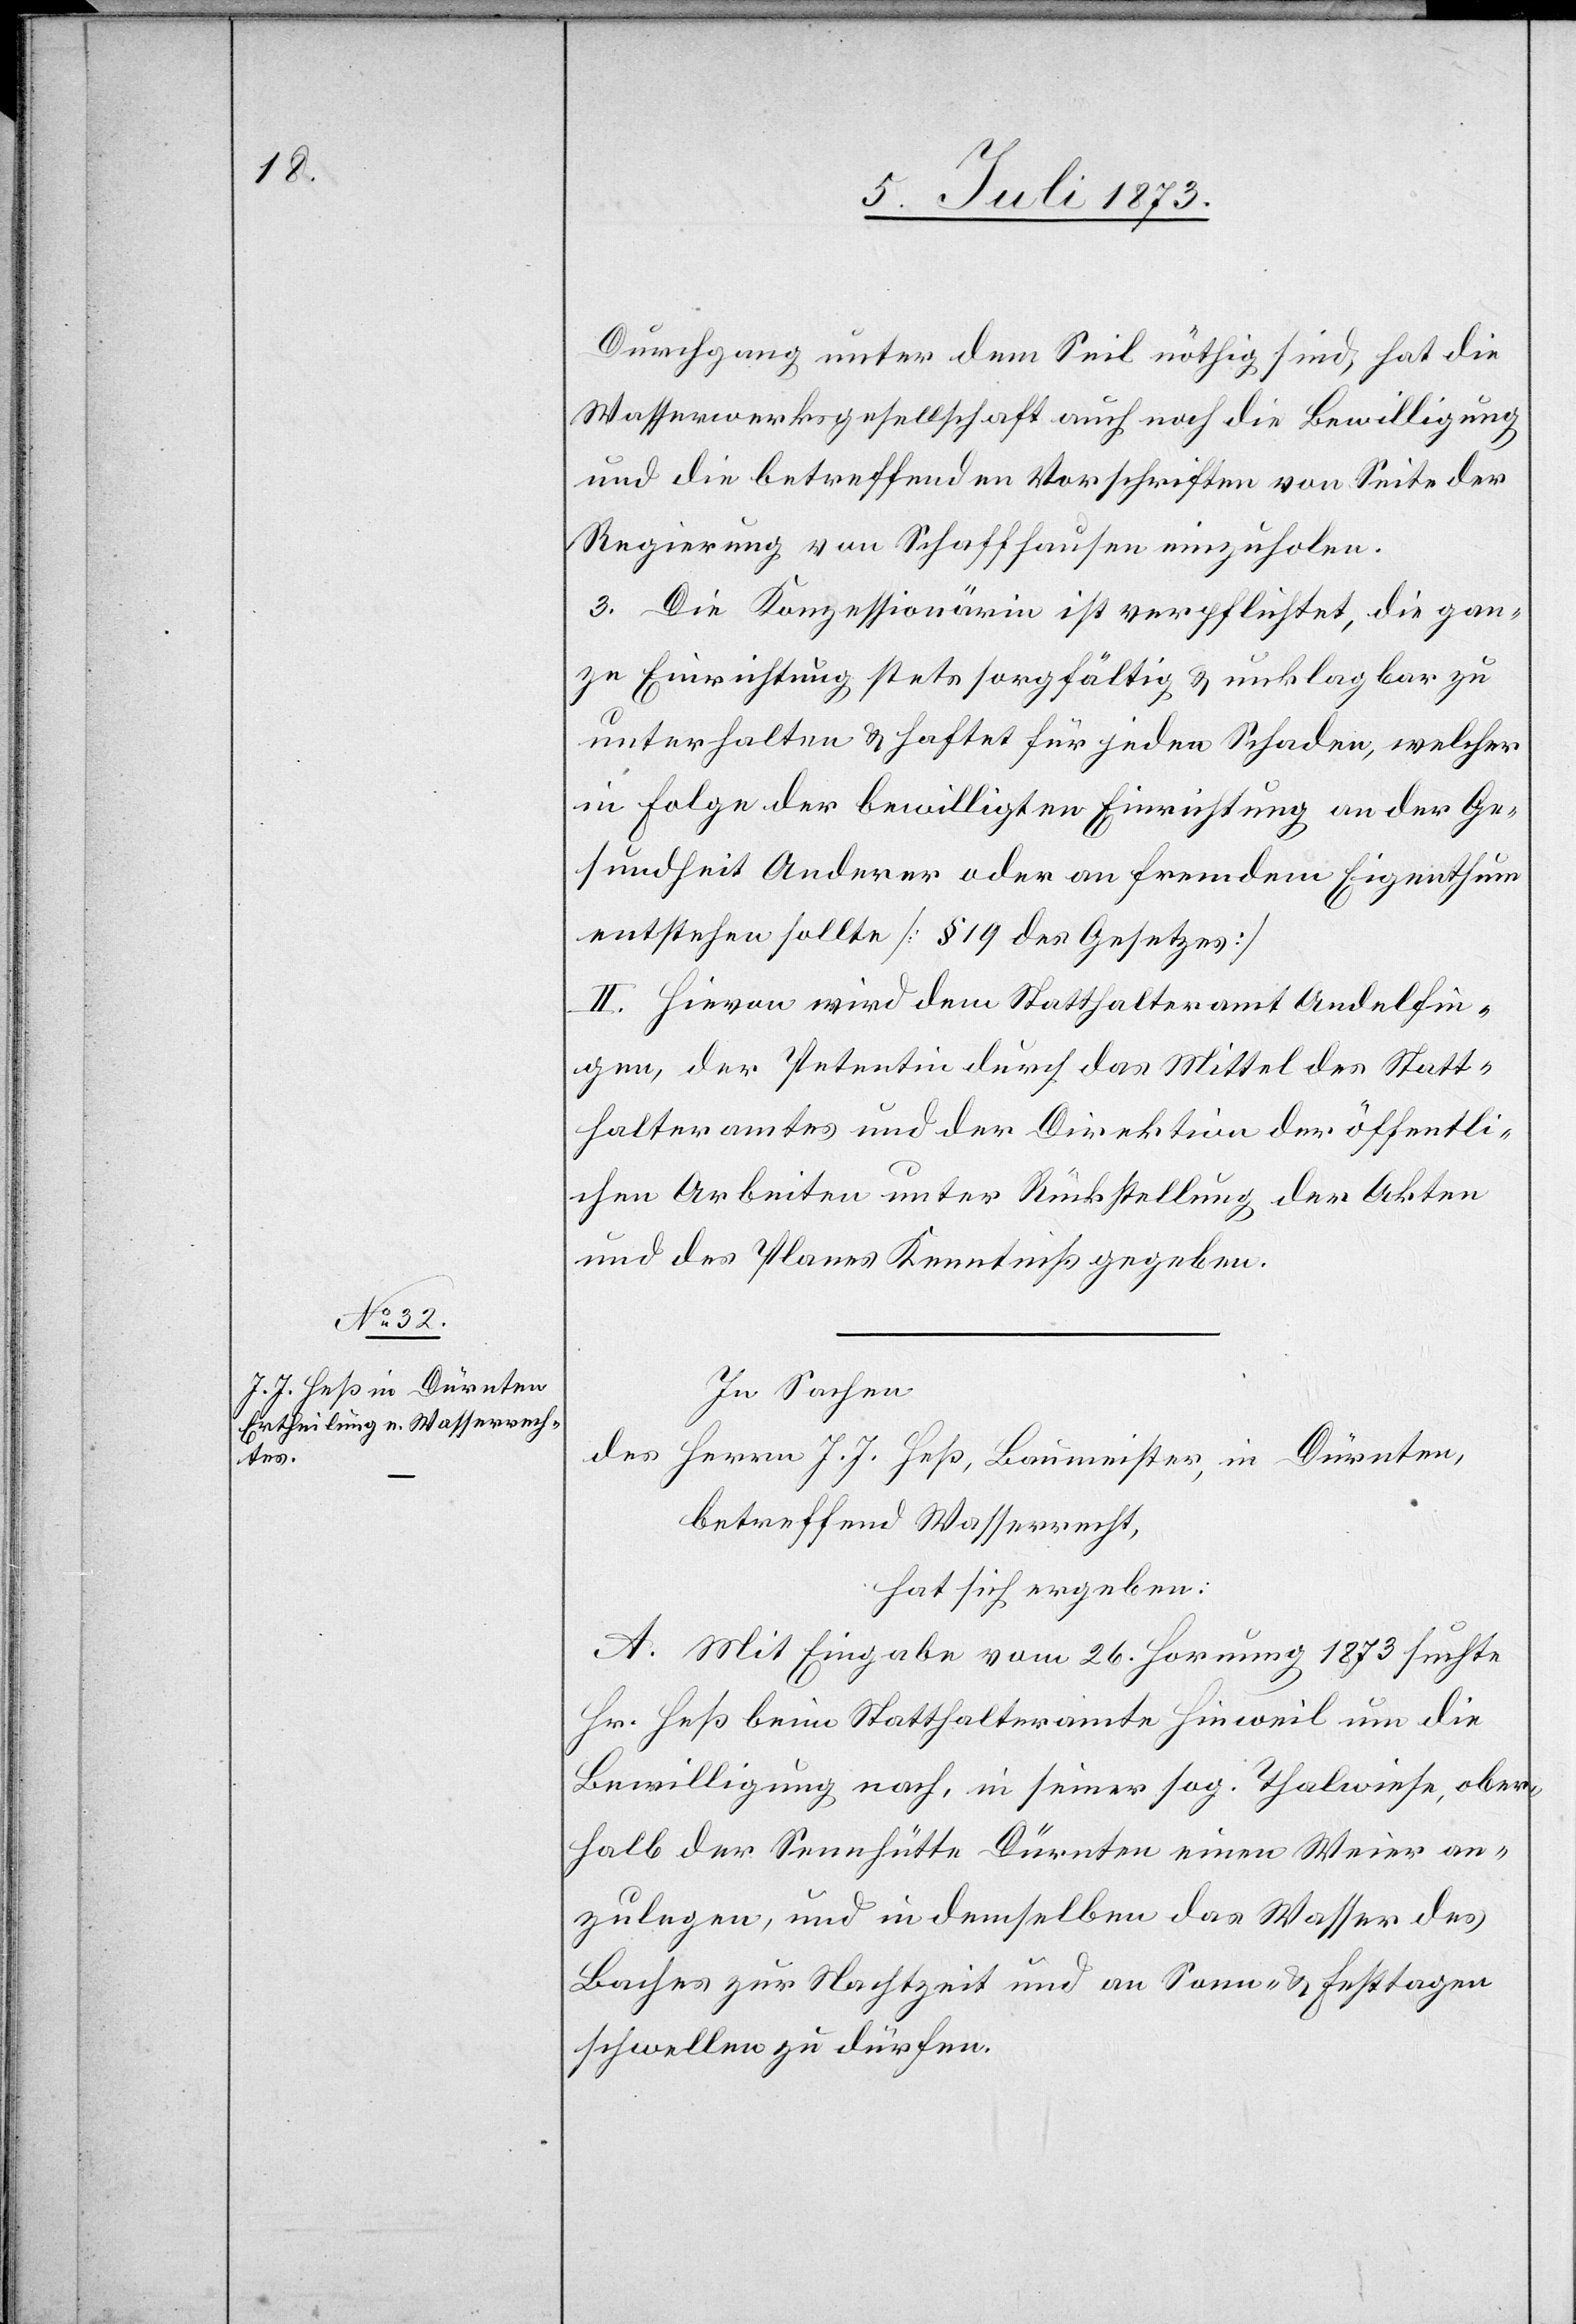
Durchgang unter dem Seil nöthig sind, hat die
Wasserwerksgesellschaft auch noch die Bewilligung
und die betreffenden Vorschriften von Seite der
Regierung von Schaffhausen einzuholen.
3. Die Konzessionärin ist verpflichtet, die gan¬
ze Einrichtung stets sorgfältig & unklagbar zu
unterhalten & haftet für jeden Schaden, welcher
in Folge der bewilligten Einrichtung an der Ge¬
sundheit Anderer oder an fremdem Eigenthum
entstehen sollte [§ 19 des Gesetzes]
II. Hievon wird dem Statthalteramt Andelfin¬
gen, der Petentin durch das Mittel des Statt¬
halteramtes und der Direktion der öffentli¬
chen Arbeiten unter Rückstellung der Akten
und des Planes Kenntniß gegeben.
In Sachen
des Herrn J. J. Heß, Baumeister, in Dürnten,
betreffend Wasserrecht,
hat sich ergeben:
A. Mit Eingabe vom 26. Hornung 1873 suchte
Hr. Heß beim Statthalteramte Hinweil um die
Bewilligung nach, in seiner sog. Thalwiese, ober¬
halb der Sennhütte Dürnten einen Weier an¬
zulegen, und in demselben das Wasser des
Baches zur Nachtzeit und an Sonn- & Festtagen
schwellen zu dürfen.